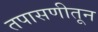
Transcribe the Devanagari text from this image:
तपासणीतून